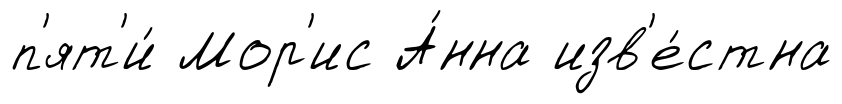
п'ят'и́ Мор'ис А́нна изв'е́стна